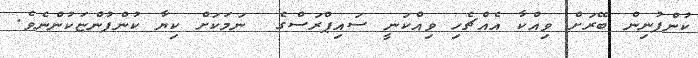
ކުންފުނިން ބޭރަށް ވިއްކާ އެއްޗެހި ވިއްކަނީ ސައިޕްރަސްގެ  ނަމަކަށް ކިޔާ ކުންފުންޏަކުންނެވެ.